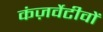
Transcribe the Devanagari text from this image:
कंज़र्वेटीवों